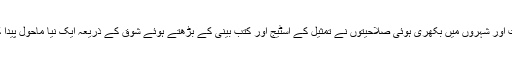
قصبات اور شہروں میں بکھری ہوئی صلاحیتوں نے تمثیل کے اسٹیج اور کتب بینی کے بڑھتے ہوئے شوق کے ذریعہ ایک نیا ماحول پیدا کر دیا۔